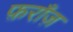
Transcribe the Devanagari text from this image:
फ़राँज़